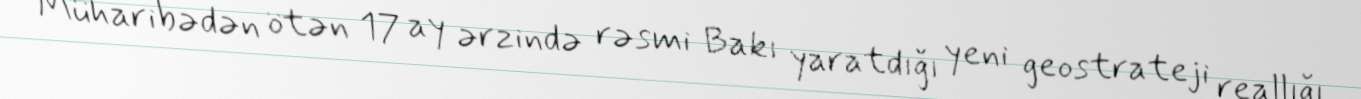
Müharibədən ötən 17 ay ərzində rəsmi Bakı yaratdığı yeni geostrateji reallığı